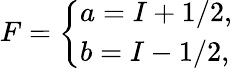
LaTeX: \begin{array}{r}{F=\left\{ \begin{array}{ll}{a=I+1/2,}\\ {b=I-1/2,}\end{array}\right.}\end{array}